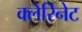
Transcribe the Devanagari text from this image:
क्लेरिनेट